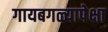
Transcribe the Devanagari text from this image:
गायबगळ्यापेक्षा